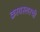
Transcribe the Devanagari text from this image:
क्रायस्लरची